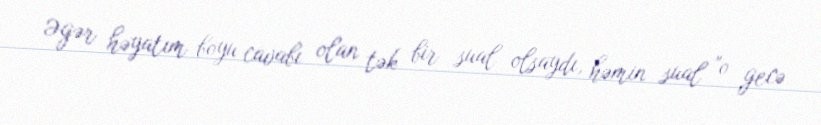
Əgər həyatım boyu cavabı olan tək bir sual olsaydı, həmin sual "o gecə